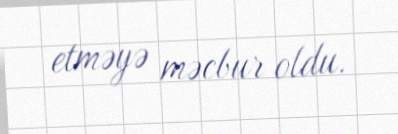
etməyə məcbur oldu.